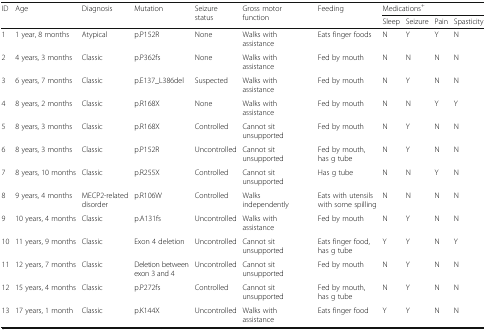
<table><thead><tr><td rowspan="2"><b>ID</b></td><td rowspan="2"><b>Age</b></td><td rowspan="2"><b>Diagnosis</b></td><td rowspan="2"><b>Mutation</b></td><td rowspan="2"><b>Seizure status</b></td><td rowspan="2"><b>Gross motor function</b></td><td rowspan="2"><b>Feeding</b></td><td colspan="4"><b>Medications<sup>+</sup></b></td></tr><tr><td><b>Sleep</b></td><td><b>Seizure</b></td><td><b>Pain</b></td><td><b>Spasticity</b></td></tr></thead><tbody><tr><td>1</td><td>1 year, 8 months</td><td>Atypical</td><td>p.P152R</td><td>None</td><td>Walks with assistance</td><td>Eats finger foods</td><td>N</td><td>Y</td><td>Y</td><td>N</td></tr><tr><td>2</td><td>4 years, 3 months</td><td>Classic</td><td>p.P362fs</td><td>None</td><td>Walks with assistance</td><td>Fed by mouth</td><td>N</td><td>N</td><td>N</td><td>N</td></tr><tr><td>3</td><td>6 years, 7 months</td><td>Classic</td><td>p.E137_L386del</td><td>Suspected</td><td>Walks with assistance</td><td>Fed by mouth</td><td>N</td><td>Y</td><td>N</td><td>N</td></tr><tr><td>4</td><td>8 years, 2 months</td><td>Classic</td><td>p.R168X</td><td>None</td><td>Walks with assistance</td><td>Fed by mouth</td><td>N</td><td>N</td><td>Y</td><td>Y</td></tr><tr><td>5</td><td>8 years, 3 months</td><td>Classic</td><td>p.R168X</td><td>Controlled</td><td>Cannot sit unsupported</td><td>Fed by mouth</td><td>N</td><td>Y</td><td>N</td><td>N</td></tr><tr><td>6</td><td>8 years, 3 months</td><td>Classic</td><td>p.P152R</td><td>Uncontrolled</td><td>Cannot sit unsupported</td><td>Fed by mouth, has g tube</td><td>N</td><td>Y</td><td>N</td><td>N</td></tr><tr><td>7</td><td>8 years, 10 months</td><td>Classic</td><td>p.R255X</td><td>Controlled</td><td>Cannot sit unsupported</td><td>Has g tube</td><td>N</td><td>N</td><td>Y</td><td>N</td></tr><tr><td>8</td><td>9 years, 4 months</td><td>MECP2-related disorder</td><td>p.R106W</td><td>Controlled</td><td>Walks independently</td><td>Eats with utensils with some spilling</td><td>N</td><td>N</td><td>N</td><td>N</td></tr><tr><td>9</td><td>10 years, 4 months</td><td>Classic</td><td>p.A131fs</td><td>Uncontrolled</td><td>Walks with assistance</td><td>Fed by mouth</td><td>N</td><td>Y</td><td>N</td><td>N</td></tr><tr><td>10</td><td>11 years, 9 months</td><td>Classic</td><td>Exon 4 deletion</td><td>Uncontrolled</td><td>Cannot sit unsupported</td><td>Eats finger food, has g tube</td><td>Y</td><td>Y</td><td>N</td><td>Y</td></tr><tr><td>11</td><td>12 years, 7 months</td><td>Classic</td><td>Deletion between exon 3 and 4</td><td>Uncontrolled</td><td>Cannot sit unsupported</td><td>Fed by mouth</td><td>N</td><td>Y</td><td>N</td><td>N</td></tr><tr><td>12</td><td>15 years, 4 months</td><td>Classic</td><td>p.P272fs</td><td>Controlled</td><td>Cannot sit unsupported</td><td>Fed by mouth, has g tube</td><td>N</td><td>Y</td><td>N</td><td>N</td></tr><tr><td>13</td><td>17 years, 1 month</td><td>Classic</td><td>p.K144X</td><td>Uncontrolled</td><td>Walks with assistance</td><td>Eats finger food</td><td>Y</td><td>Y</td><td>N</td><td>N</td></tr></tbody></table>